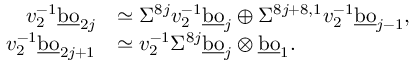
\begin{array} { r l } { v _ { 2 } ^ { - 1 } \underline { { \mathrm { b o } } } _ { 2 j } } & { \simeq \Sigma ^ { 8 j } v _ { 2 } ^ { - 1 } \underline { { \mathrm { b o } } } _ { j } \oplus \Sigma ^ { 8 j + 8 , 1 } v _ { 2 } ^ { - 1 } \underline { { \mathrm { b o } } } _ { j - 1 } , } \\ { v _ { 2 } ^ { - 1 } \underline { { \mathrm { b o } } } _ { 2 j + 1 } } & { \simeq v _ { 2 } ^ { - 1 } \Sigma ^ { 8 j } \underline { { \mathrm { b o } } } _ { j } \otimes \underline { { \mathrm { b o } } } _ { 1 } . } \end{array}